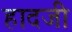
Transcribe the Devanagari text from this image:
हादजी